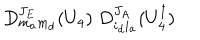
LaTeX: D _ { m _ { a } m _ { d } } ^ { J _ { E } } ( U _ { 4 } ) \; D _ { i _ { d } i _ { a } } ^ { J _ { A } } ( U _ { 4 } ^ { \dagger } )